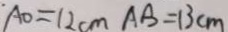
A D = 1 2 c m A B = 1 3 c m